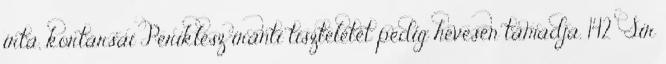
írta, kortársai Periklész iránti tiszteletét pedig hevesen támadja. 142 Sir